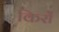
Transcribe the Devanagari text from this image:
किरों